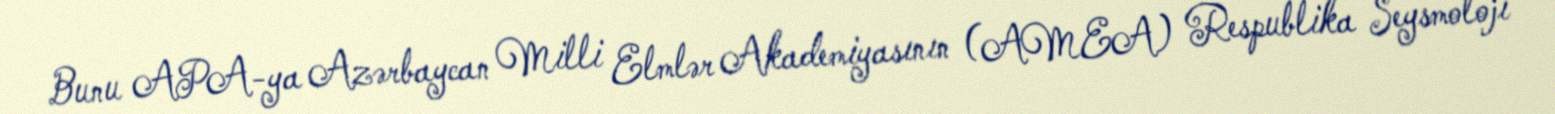
Bunu APA-ya Azərbaycan Milli Elmlər Akademiyasının (AMEA) Respublika Seysmoloji